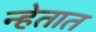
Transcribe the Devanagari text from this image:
न्हेतात